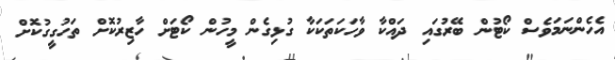
އެހެންނަމަވެސް ކޯޓުން ބޭރުގައި ދައްކާ ވާހަކަތަކަކާ ގުޅިގެން މީހުން ކޯޓަށް ހާޒިރުކޮށް ތަހުގީގުކޮށް